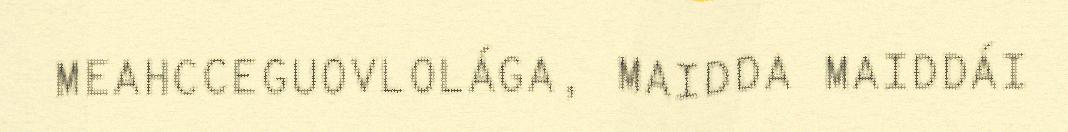
MEAHCCEGUOVLOLÁGA, MAIDDA MAIDDÁI